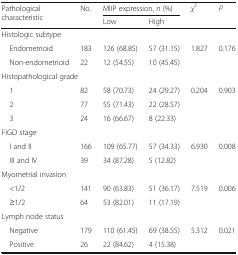
<table><thead><tr><td rowspan="2"><b>Pathological characteristic</b></td><td rowspan="2"><b>No.</b></td><td colspan="2"><b>MIIP expression, <i>n</i> (%)</b></td><td rowspan="2"><b><i>χ</i><sup>2</sup></b></td><td rowspan="2"><b><i>P</i></b></td></tr><tr><td><b>Low</b></td><td><b>High</b></td></tr></thead><tbody><tr><td colspan="6">Histologic subtype</td></tr><tr><td> Endometrioid</td><td>183</td><td>126 (68.85)</td><td>57 (31.15)</td><td>1.827</td><td>0.176</td></tr><tr><td> Non-endometrioid</td><td>22</td><td>12 (54.55)</td><td>10 (45.45)</td><td></td><td></td></tr><tr><td colspan="6">Histopathological grade</td></tr><tr><td> 1</td><td>82</td><td>58 (70.73)</td><td>24 (29.27)</td><td>0.204</td><td>0.903</td></tr><tr><td> 2</td><td>77</td><td>55 (71.43)</td><td>22 (28.57)</td><td></td><td></td></tr><tr><td> 3</td><td>24</td><td>16 (66.67)</td><td>8 (22.33)</td><td></td><td></td></tr><tr><td colspan="6">FIGO stage</td></tr><tr><td> I and II</td><td>166</td><td>109 (65.77)</td><td>57 (34.33)</td><td>6.930</td><td>0.008</td></tr><tr><td> III and IV</td><td>39</td><td>34 (87.28)</td><td>5 (12.82)</td><td></td><td></td></tr><tr><td colspan="6">Myometrial invasion</td></tr><tr><td> &lt;1/2</td><td>141</td><td>90 (63.83)</td><td>51 (36.17)</td><td>7.519</td><td>0.006</td></tr><tr><td> ≥1/2</td><td>64</td><td>53 (82.01)</td><td>11 (17.19)</td><td></td><td></td></tr><tr><td colspan="6">Lymph node status</td></tr><tr><td> Negative</td><td>179</td><td>110 (61.45)</td><td>69 (38.55)</td><td>5.312</td><td>0.021</td></tr><tr><td> Positive</td><td>26</td><td>22 (84.62)</td><td>4 (15.38)</td><td></td><td></td></tr></tbody></table>